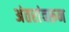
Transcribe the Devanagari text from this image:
अंतरांवरून